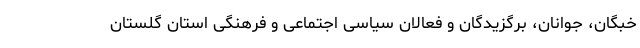
خبگان، جوانان، برگزیدگان و فعالان سیاسی اجتماعی و فرهنگی استان گلستان